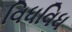
વિધવિધ